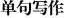
单句写作